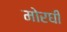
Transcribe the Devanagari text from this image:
मोरघी